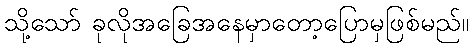
သို့သော် ခုလိုအခြေအနေမှာတော့ပြောမှဖြစ်မည်။